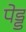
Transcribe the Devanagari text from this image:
पेड्ड